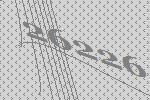
26226